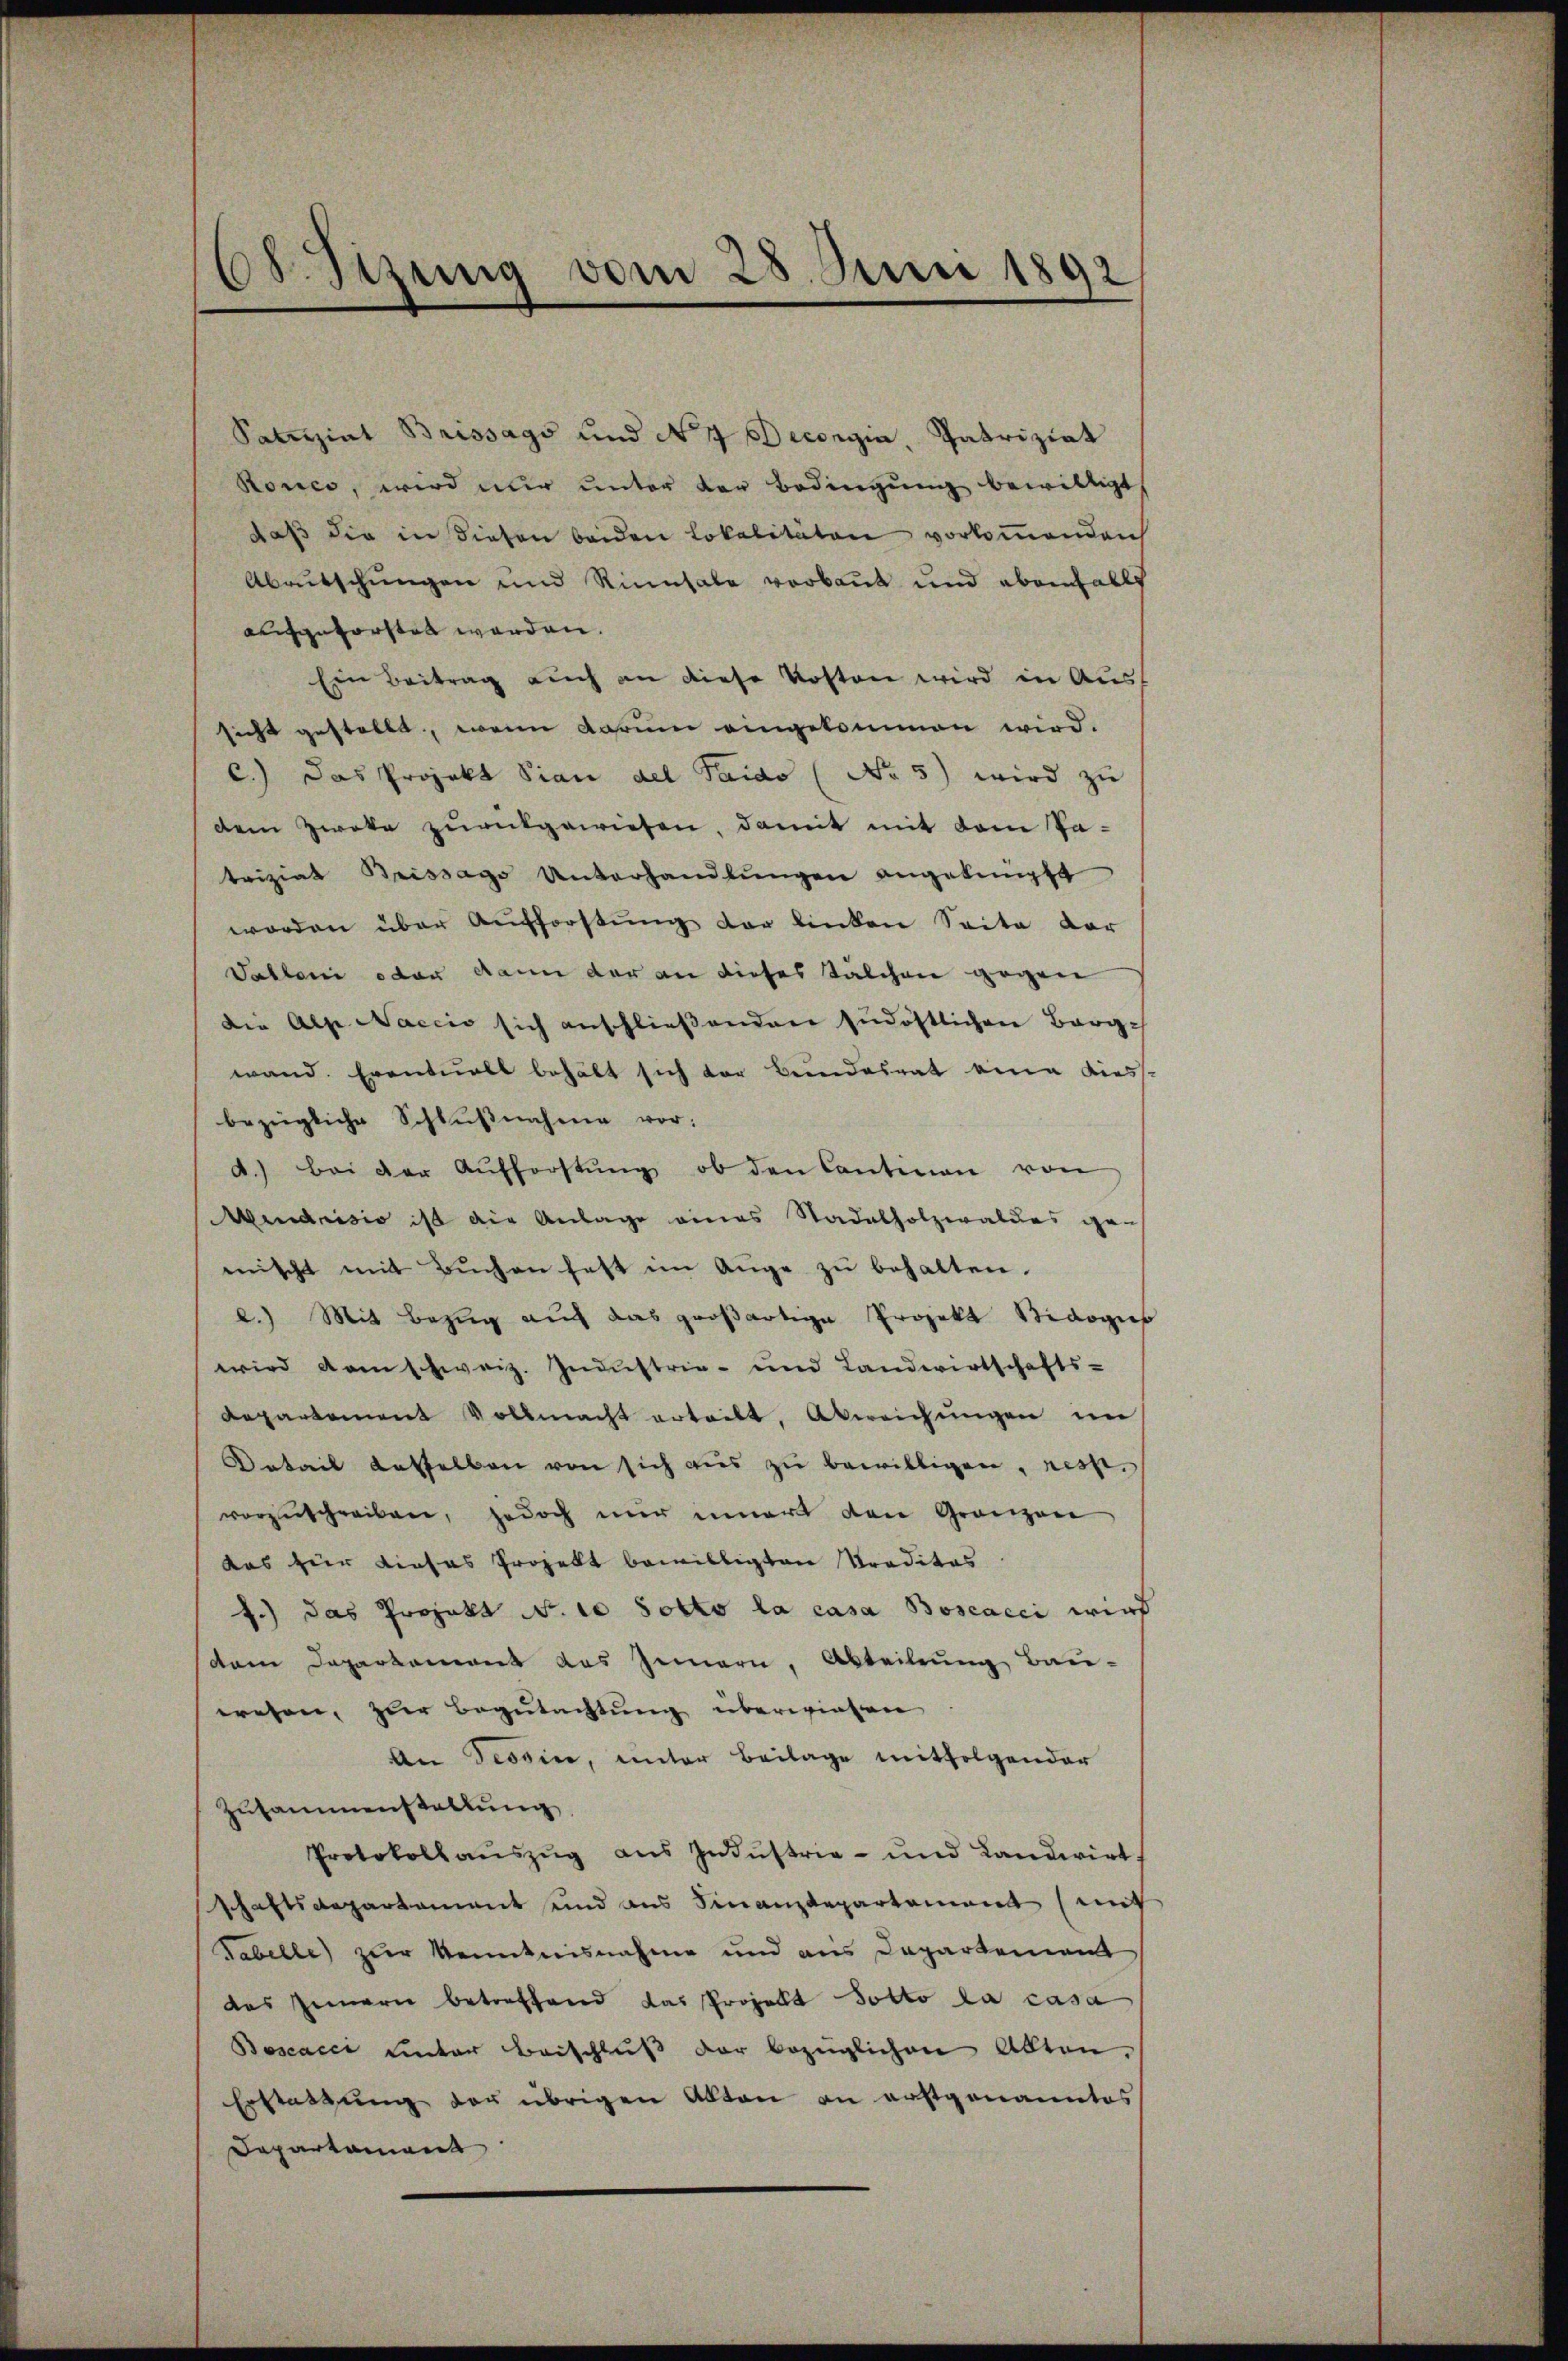
68 Stzung vom 28. Juni 1892

Satinziat Brissago und No 4 Decongia, Patriziat
Ronco, wird nur unter der Bedingung bewilligt
daß die in diesen beiden Lokalitäten vorkommenden
Abrutschungen und Rinnsale verbaut und ebenfalls
aufgeforsten werden.
Ein Beitrag auch an diese Kosten wird in Aussicht gestellt, wenn darum eingekommen wird.
c.) Das Projekt Pian del Taido (No 5) wird zu
dem Zweke zŭrükgewiesen, damit mit dem Vatriziat Beissago Unterhandlŭngen angeknüpft
worden über Aufforstung der linken Seite dar
Valloni oder dann der an dieses Salchen gegen
Die Alp Naccio sich anschließenden südöstlichen Berg-
wand. Eventuell behält sich der Bundesrat eine diess.
bezügliche Schlŭβnahme vor:
d.) bei der Aŭfforstŭng ob den Cantinen von
Mendrisio ist die Anlage eines Stadelholzwaldes ge-
mischt mit Bŭchen fest im Auge zŭ behalten.
l.) Mit Bezug auf das großartige Projekt Sidogus
wird dem schweiz. Industrie- und Landwirtschafts-
departement Vollmacht erteilt, Abweichŭngen im
Batail desselben von sich aus zu bewilligen, resp.
vorzuschreiben, jedoch nur innert den Gränzen
das für dieses Prozelt bewilligten Traditas
f.) das Projekt N. 10 sotto la casa Boscacci wird
dem Departement das Innern, Abteilung Bau-
wesen, zur Begutachtung überwiesen
An Tessin, unter Beilage mitfolgender
Zusammenstellung
Protokollaŭszŭg aŭs Indŭstrie- und Landwirt
schaftsdepartement und aus Finanzdepartement (mit
Fabelle) zur Kenntnisnahme und aus Departement
das Innern betreffend das Projekt Potto la casa
Boscacci unter Beischluß der bezüglichen Abten,
Erstattung der übrigen Akten an erstgenanntes
Departement